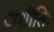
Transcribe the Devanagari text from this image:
अशीतिः